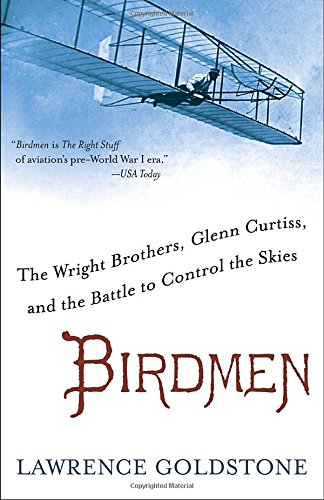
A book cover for Birdmen: The Wright Brothers, Glenn Curtiss, and the Battle to Control the Skies; Lawrence Goldstone; Biographies & Memoirs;